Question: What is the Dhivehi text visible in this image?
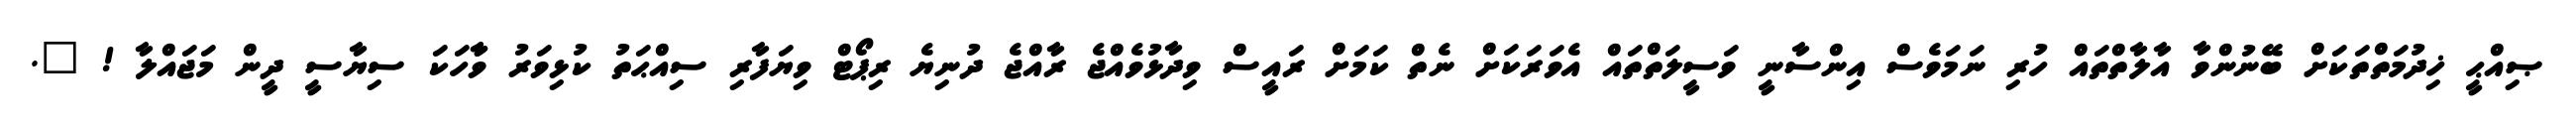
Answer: ޞިއްޙީ ޚިދުމަތްތަކަށް ބޭނުންވާ އާލާތްތައް ހުރި ނަމަވެސް އިންސާނީ ވަސީލަތްތައް އެވަރަކަށް ނެތް ކަމަށް ރައީސް ވިދާޅުވެއްޖެ ރާއްޖެ ދުނިޔެ ރިޕޯޓް ވިޔަފާރި ސިއްޙަތު ކުޅިވަރު ވާާހަކަ ސިޔާސީ ދީން މަޖައްލާ ! ?.